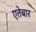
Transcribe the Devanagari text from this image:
एतेबार